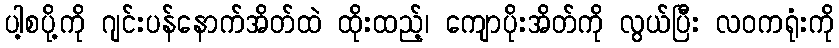
ပါ့စပို့ကို ဂျင်းပန်နောက်အိတ်ထဲ ထိုးထည့်၊ ကျောပိုးအိတ်ကို လွယ်ပြီး လဝကရုံးကို